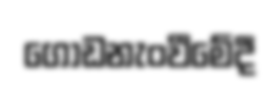
ගොඩනැංවීමේදී